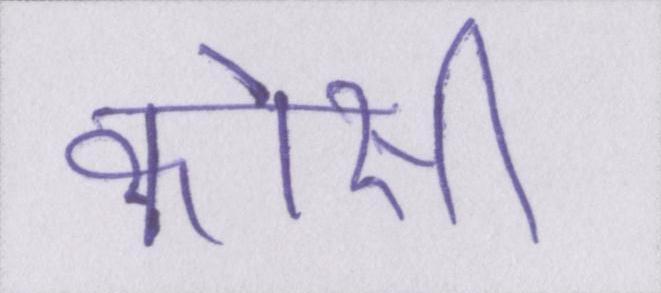
कोसी